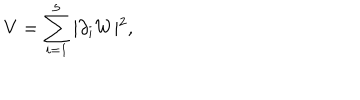
V = \sum _ { i = 1 } ^ { 5 } \vert \partial _ { i } W \vert ^ { 2 } ,